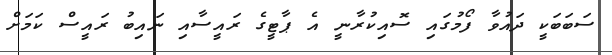
ސަބަބަކީ ދައުވާ ފޯމުގައި ސޮއިކުރާނީ އެ ޕާޓީގެ ރައީސާއި ނައިބު ރައީސް ކަމަށް